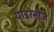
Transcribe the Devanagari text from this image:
पाइरेनीज